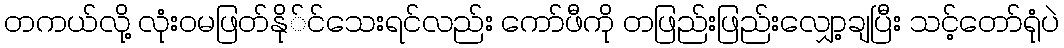
တကယ်လို့ လုံးဝမဖြတ်နို်င်သေးရင်လည်း ကော်ဖီကို တဖြည်းဖြည်းလျှော့ချပြီး သင့်တော်ရုံပဲ